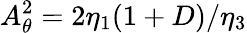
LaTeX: A_{\theta}^{2}=2\eta_{1}(1+D)/\eta_{3}